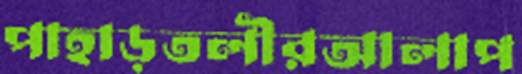
পাহাড়তলীরআলাপ